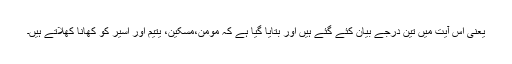
یعنی اس آیت میں تین درجے بیان کئے گئے ہیں اور بتایا گیا ہے کہ مومن،مسکین، یتیم اور اسیر کو کھانا کھلاتے ہیں۔